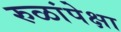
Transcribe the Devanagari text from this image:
रुळांपेक्षा